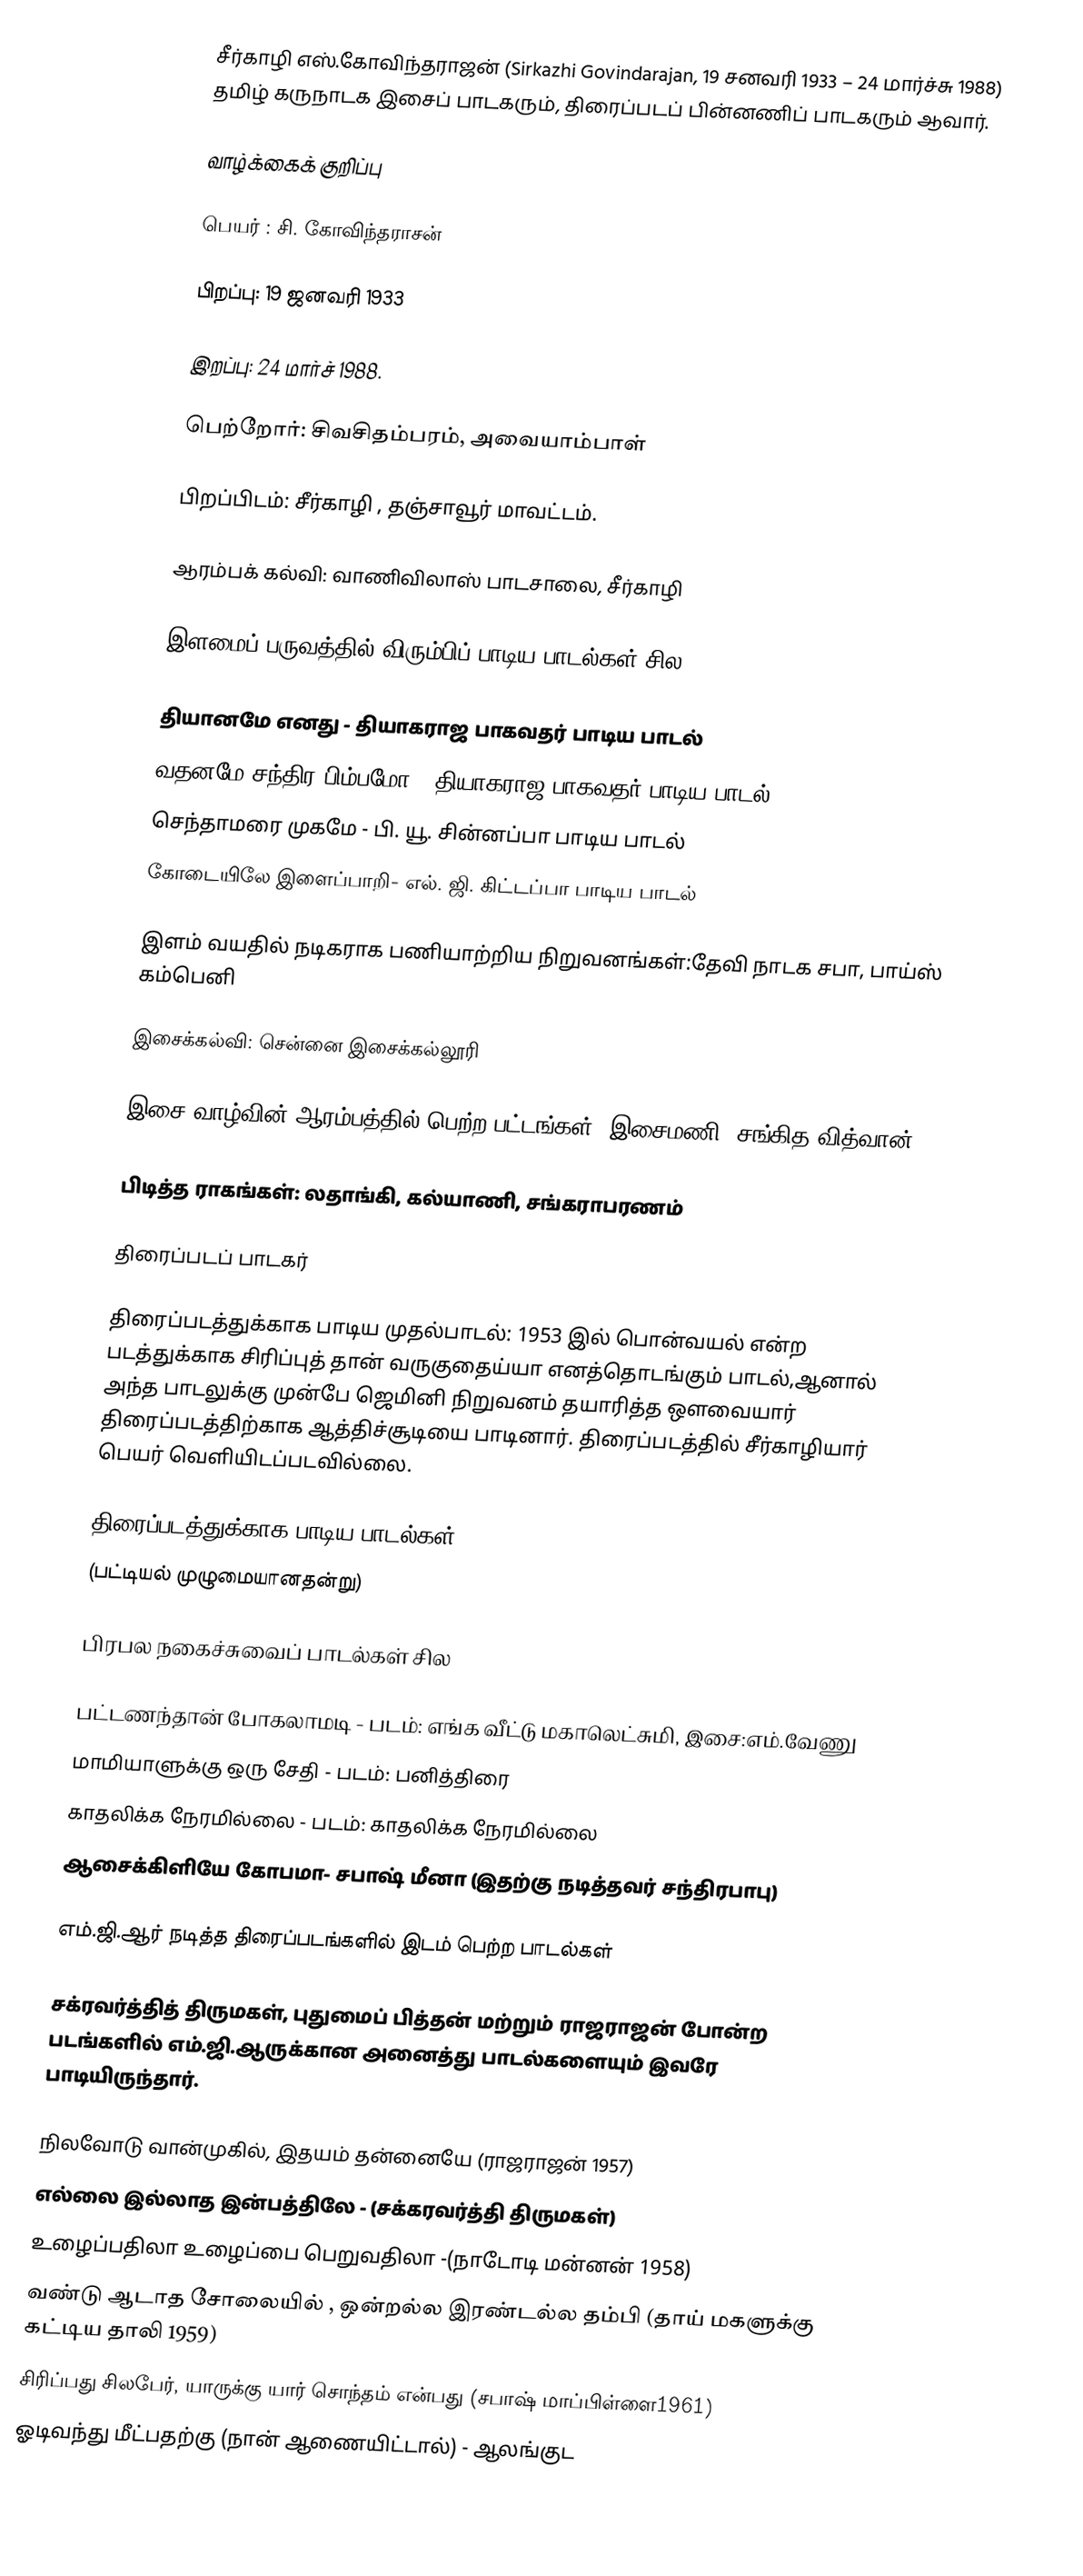
சீர்காழி எஸ்.கோவிந்தராஜன் (Sirkazhi Govindarajan, 19 சனவரி 1933 – 24 மார்ச்சு 1988)  தமிழ் கருநாடக இசைப் பாடகரும், திரைப்படப் பின்னணிப் பாடகரும் ஆவார்.

வாழ்க்கைக் குறிப்பு

பெயர் : சி. கோவிந்தராசன்

பிறப்பு: 19 ஜனவரி 1933

இறப்பு: 24 மார்ச் 1988.

பெற்றோர்: சிவசிதம்பரம், அவையாம்பாள்

பிறப்பிடம்: சீர்காழி , தஞ்சாவூர் மாவட்டம்.

ஆரம்பக் கல்வி: வாணிவிலாஸ் பாடசாலை, சீர்காழி

இளமைப் பருவத்தில் விரும்பிப் பாடிய பாடல்கள் சில:

 தியானமே எனது - தியாகராஜ பாகவதர் பாடிய பாடல்
 வதனமே சந்திர பிம்பமோ - தியாகராஜ பாகவதர் பாடிய பாடல்
 செந்தாமரை முகமே - பி. யூ. சின்னப்பா பாடிய பாடல்
 கோடையிலே இளைப்பாறி- எல். ஜி. கிட்டப்பா பாடிய பாடல்

இளம் வயதில் நடிகராக பணியாற்றிய நிறுவனங்கள்:தேவி நாடக சபா, பாய்ஸ் கம்பெனி

இசைக்கல்வி: சென்னை இசைக்கல்லூரி

இசை வாழ்வின் ஆரம்பத்தில் பெற்ற பட்டங்கள்: இசைமணி, சங்கித வித்வான்

பிடித்த ராகங்கள்: லதாங்கி, கல்யாணி, சங்கராபரணம்

திரைப்படப் பாடகர்

திரைப்படத்துக்காக பாடிய முதல்பாடல்: 1953 இல் பொன்வயல் என்ற படத்துக்காக சிரிப்புத் தான் வருகுதைய்யா எனத்தொடங்கும் பாடல்,ஆனால் அந்த பாடலுக்கு முன்பே ஜெமினி நிறுவனம் தயாரித்த ஔவையார் திரைப்படத்திற்காக ஆத்திச்சூடியை பாடினார். திரைப்படத்தில் சீர்காழியார் பெயர் வெளியிடப்படவில்லை.

திரைப்படத்துக்காக பாடிய பாடல்கள்
(பட்டியல் முழுமையானதன்று)

பிரபல நகைச்சுவைப் பாடல்கள் சில

 பட்டணந்தான் போகலாமடி - படம்: எங்க வீட்டு மகாலெட்சுமி, இசை:எம்.வேணு
 மாமியாளுக்கு ஒரு சேதி - படம்: பனித்திரை
 காதலிக்க நேரமில்லை - படம்: காதலிக்க நேரமில்லை
 ஆசைக்கிளியே கோபமா- சபாஷ் மீனா (இதற்கு நடித்தவர் சந்திரபாபு)

எம்.ஜி.ஆர் நடித்த திரைப்படங்களில் இடம் பெற்ற பாடல்கள்

சக்ரவர்த்தித் திருமகள், புதுமைப் பித்தன் மற்றும் ராஜராஜன் போன்ற படங்களில் எம்.ஜி.ஆருக்கான அனைத்து பாடல்களையும் இவரே பாடியிருந்தார்.

 நிலவோடு வான்முகில், இதயம் தன்னையே (ராஜராஜன் 1957)
 எல்லை இல்லாத இன்பத்திலே - (சக்கரவர்த்தி திருமகள்)
 உழைப்பதிலா உழைப்பை பெறுவதிலா -(நாடோடி மன்னன் 1958)
 வண்டு ஆடாத சோலையில் , ஒன்றல்ல இரண்டல்ல தம்பி (தாய் மகளுக்கு கட்டிய தாலி 1959)
 சிரிப்பது சிலபேர், யாருக்கு யார் சொந்தம் என்பது (சபாஷ் மாப்பிள்ளை1961)
 ஓடிவந்து மீட்பதற்கு (நான் ஆணையிட்டால்) - ஆலங்குட